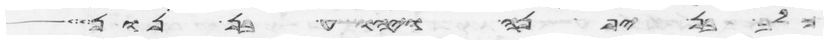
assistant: כלב בן יפנה ויהושע בן נון